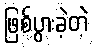
ဖြစ်ပွားခဲ့တဲ့